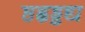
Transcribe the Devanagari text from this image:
ष्ठह्वड्डद्य